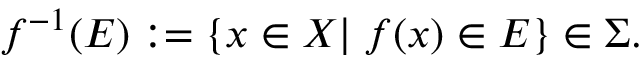
f ^ { - 1 } ( E ) : = \{ x \in X | \; f ( x ) \in E \} \in \Sigma .